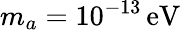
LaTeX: m_{a}=10^{-13}\, \mathrm{eV}